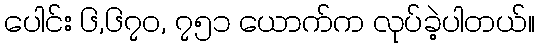
ပေါင်း ၆,၆၇၀, ၇၅၁ ယောက်က လုပ်ခဲ့ပါတယ်။